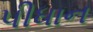
પીધાન